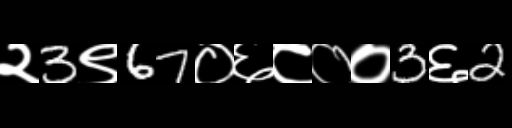
Text: २3९67०६८००3६2